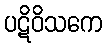
ပဋိဝိသကေ